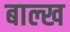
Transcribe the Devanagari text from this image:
बाल्ख